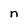
Character: n